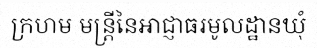
ក្រហម មន្ត្រីនៃអាជ្ញាធរមូលដ្ឋានឃុំ